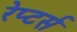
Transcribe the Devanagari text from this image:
रेप्‍टर्स